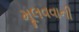
મૂલવવાની